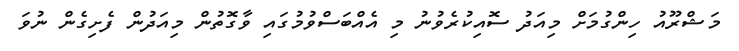
މަޝްރޫއު ހިންގުމަށް މިއަދު ސޮއިކުރެވުނު މި އެއްބަސްވުމުގައި ވާގޮތުން މިއަދުން ފެށިގެން ނުވަ